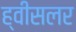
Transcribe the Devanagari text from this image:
ह्वीसलर